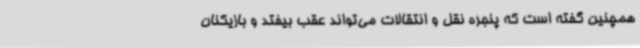
همچنین گفته است که پنجره نقل و انتقالات می‌تواند عقب بیفتد و بازیکنان